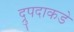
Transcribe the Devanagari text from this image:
द्रुपदाकडे